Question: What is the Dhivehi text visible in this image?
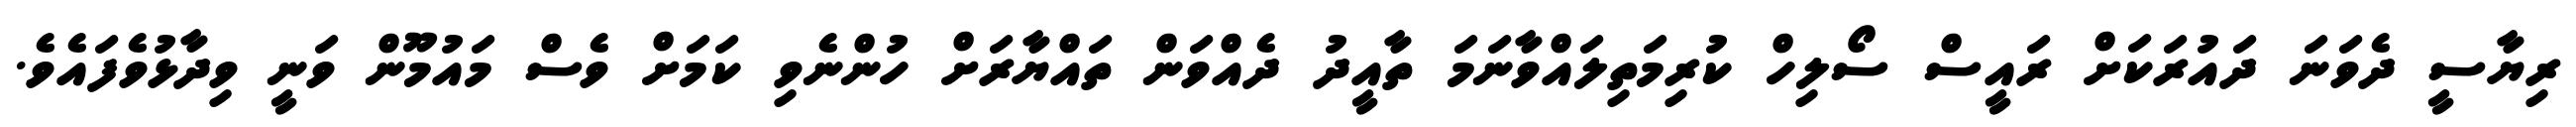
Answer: ރިޔާސީ ދެވަނަ ދައުރަކަށް ރައީސް ސޯލިހް ކުރިމަތިލައްވާނަމަ ތާއީދު ދެއްވަން ތައްޔާރަށް ހުންނެވި ކަމަށް ވެސް މައުމޫން ވަނީ ވިދާޅުވެފައެވެ.